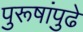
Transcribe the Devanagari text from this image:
पुरूषांपुढे